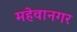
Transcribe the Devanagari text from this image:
महेवानगर